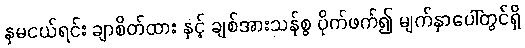
နှမငယ်ရင်း ချာစိတ်ထား နှင့် ချစ်အားသန်စွ ပိုက်ဖက်၍ မျက်နှာပေါ်တွင်ရှိ